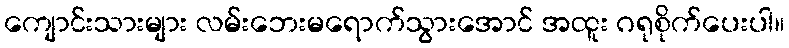
ကျောင်းသားများ လမ်းဘေးမရောက်သွားအောင် အထူး ဂရုစိုက်ပေးပါ။